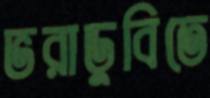
ভরাডুবিতে